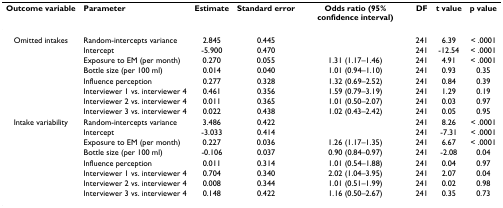
<table><thead><tr><td><b>Outcome variable</b></td><td><b>Parameter</b></td><td><b>Estimate</b></td><td><b>Standard error</b></td><td><b>Odds ratio (95% confidence interval)</b></td><td><b>DF</b></td><td><b>t value</b></td><td><b>p value</b></td></tr></thead><tbody><tr><td>Omitted intakes</td><td>Random-intercepts variance</td><td>2.845</td><td>0.445</td><td></td><td>241</td><td>6.39</td><td>&lt; .0001</td></tr><tr><td></td><td>Intercept</td><td>-5.900</td><td>0.470</td><td></td><td>241</td><td>-12.54</td><td>&lt; .0001</td></tr><tr><td></td><td>Exposure to EM (per month)</td><td>0.270</td><td>0.055</td><td>1.31 (1.17–1.46)</td><td>241</td><td>4.91</td><td>&lt; .0001</td></tr><tr><td></td><td>Bottle size (per 100 ml)</td><td>0.014</td><td>0.040</td><td>1.01 (0.94–1.10)</td><td>241</td><td>0.93</td><td>0.35</td></tr><tr><td></td><td>Influence perception</td><td>0.277</td><td>0.328</td><td>1.32 (0.69–2.52)</td><td>241</td><td>0.84</td><td>0.39</td></tr><tr><td></td><td>Interviewer 1 vs. interviewer 4</td><td>0.461</td><td>0.356</td><td>1.59 (0.79–3.19)</td><td>241</td><td>1.29</td><td>0.19</td></tr><tr><td></td><td>Interviewer 2 vs. interviewer 4</td><td>0.011</td><td>0.365</td><td>1.01 (0.50–2.07)</td><td>241</td><td>0.03</td><td>0.97</td></tr><tr><td></td><td>Interviewer 3 vs. interviewer 4</td><td>0.022</td><td>0.438</td><td>1.02 (0.43–2.42)</td><td>241</td><td>0.05</td><td>0.95</td></tr><tr><td>Intake variability</td><td>Random-intercepts variance</td><td>3.486</td><td>0.422</td><td></td><td>241</td><td>8.26</td><td>&lt; .0001</td></tr><tr><td></td><td>Intercept</td><td>-3.033</td><td>0.414</td><td></td><td>241</td><td>-7.31</td><td>&lt; .0001</td></tr><tr><td></td><td>Exposure to EM (per month)</td><td>0.227</td><td>0.036</td><td>1.26 (1.17–1.35)</td><td>241</td><td>6.67</td><td>&lt; .0001</td></tr><tr><td></td><td>Bottle size (per 100 ml)</td><td>-0.106</td><td>0.037</td><td>0.90 (0.84–0.97)</td><td>241</td><td>-2.08</td><td>0.04</td></tr><tr><td></td><td>Influence perception</td><td>0.011</td><td>0.314</td><td>1.01 (0.54–1.88)</td><td>241</td><td>0.04</td><td>0.97</td></tr><tr><td></td><td>Interviewer 1 vs. interviewer 4</td><td>0.704</td><td>0.340</td><td>2.02 (1.04–3.95)</td><td>241</td><td>2.07</td><td>0.04</td></tr><tr><td></td><td>Interviewer 2 vs. interviewer 4</td><td>0.008</td><td>0.344</td><td>1.01 (0.51–1.99)</td><td>241</td><td>0.02</td><td>0.98</td></tr><tr><td></td><td>Interviewer 3 vs. interviewer 4</td><td>0.148</td><td>0.422</td><td>1.16 (0.50–2.67)</td><td>241</td><td>0.35</td><td>0.73</td></tr></tbody></table>